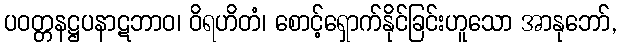
ပဝတ္တနဋ္ဌပနာဋဘာဝ၊ ဝိရဟိတံ၊ စောင့်ရှောက်နိုင်ခြင်းဟူသော အာနုဘော်,